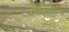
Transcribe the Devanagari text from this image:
प्रणाम।।